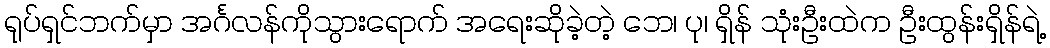
ရုပ်ရှင်ဘက်မှာ အင်္ဂလန်ကိုသွားရောက် အရေးဆိုခဲ့တဲ့ ဘေ၊ ပု၊ ရှိန် သုံးဦးထဲက ဦးထွန်းရှိန်ရဲ့